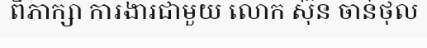
ពិភាក្សា ការងារជាមួយ លោក ស៊ុន ចាន់ថុល